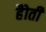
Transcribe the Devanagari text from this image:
हैोती